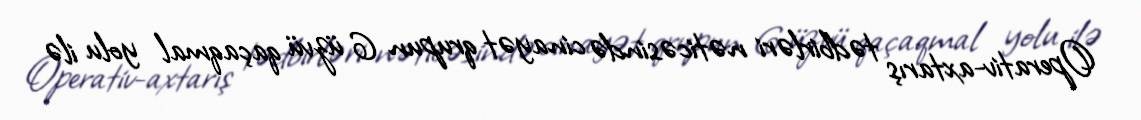
Operativ-axtarış tədbirləri nəticəsində cinayət qrupun 6 üzvü qaçaqmal yolu ilə